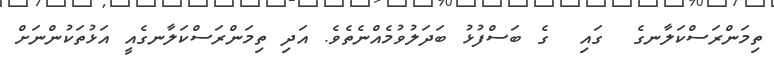
ތިމަންރަސްކަލާނގެ  ގައި  ގެ ބަސްފުޅު ބަދަލުވުމެއްނެތެވެ. އަދި ތިމަންރަސްކަލާނގެއީ އަޅުތަކުންނަށް